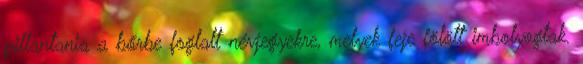
pillantania a bőrbe foglalt névjegyekre, melyek feje fölött imbolyogtak.